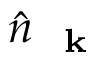
\hat { n } _ { \mathrm { ~ \bf ~ k ~ } }